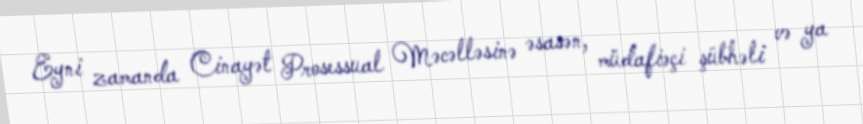
Eyni zamanda Cinayət Prosessual Məcəlləsinə əsasən, müdafiəçi şübhəli və ya